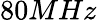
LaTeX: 80MHz